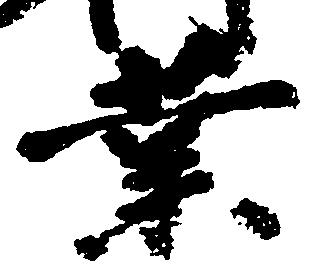
業